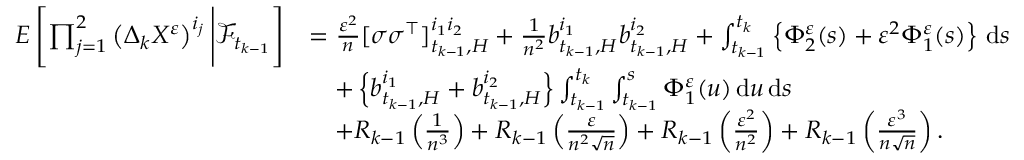
\begin{array} { r l } { E \left[ \prod _ { j = 1 } ^ { 2 } \left( \Delta _ { k } X ^ { \varepsilon } \right) ^ { i _ { j } } \Bigg | \mathcal { F } _ { t _ { k - 1 } } \right] } & { = \frac { \varepsilon ^ { 2 } } { n } [ \sigma \sigma ^ { \top } ] _ { t _ { k - 1 } , H } ^ { i _ { 1 } i _ { 2 } } + \frac { 1 } { n ^ { 2 } } b _ { t _ { k - 1 } , H } ^ { i _ { 1 } } b _ { t _ { k - 1 } , H } ^ { i _ { 2 } } + \int _ { t _ { k - 1 } } ^ { t _ { k } } \left\{ \Phi _ { 2 } ^ { \varepsilon } ( s ) + \varepsilon ^ { 2 } \Phi _ { 1 } ^ { \varepsilon } ( s ) \right\} \, \mathrm { d } s } \\ & { \quad + \left\{ b _ { t _ { k - 1 } , H } ^ { i _ { 1 } } + b _ { t _ { k - 1 } , H } ^ { i _ { 2 } } \right\} \int _ { t _ { k - 1 } } ^ { t _ { k } } \int _ { t _ { k - 1 } } ^ { s } \Phi _ { 1 } ^ { \varepsilon } ( u ) \, \mathrm { d } u \, \mathrm { d } s } \\ & { \quad + R _ { k - 1 } \left( \frac { 1 } { n ^ { 3 } } \right) + R _ { k - 1 } \left( \frac { \varepsilon } { n ^ { 2 } \sqrt { n } } \right) + R _ { k - 1 } \left( \frac { \varepsilon ^ { 2 } } { n ^ { 2 } } \right) + R _ { k - 1 } \left( \frac { \varepsilon ^ { 3 } } { n \sqrt { n } } \right) . } \end{array}